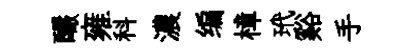
釅雍科濃编樟玳谿手